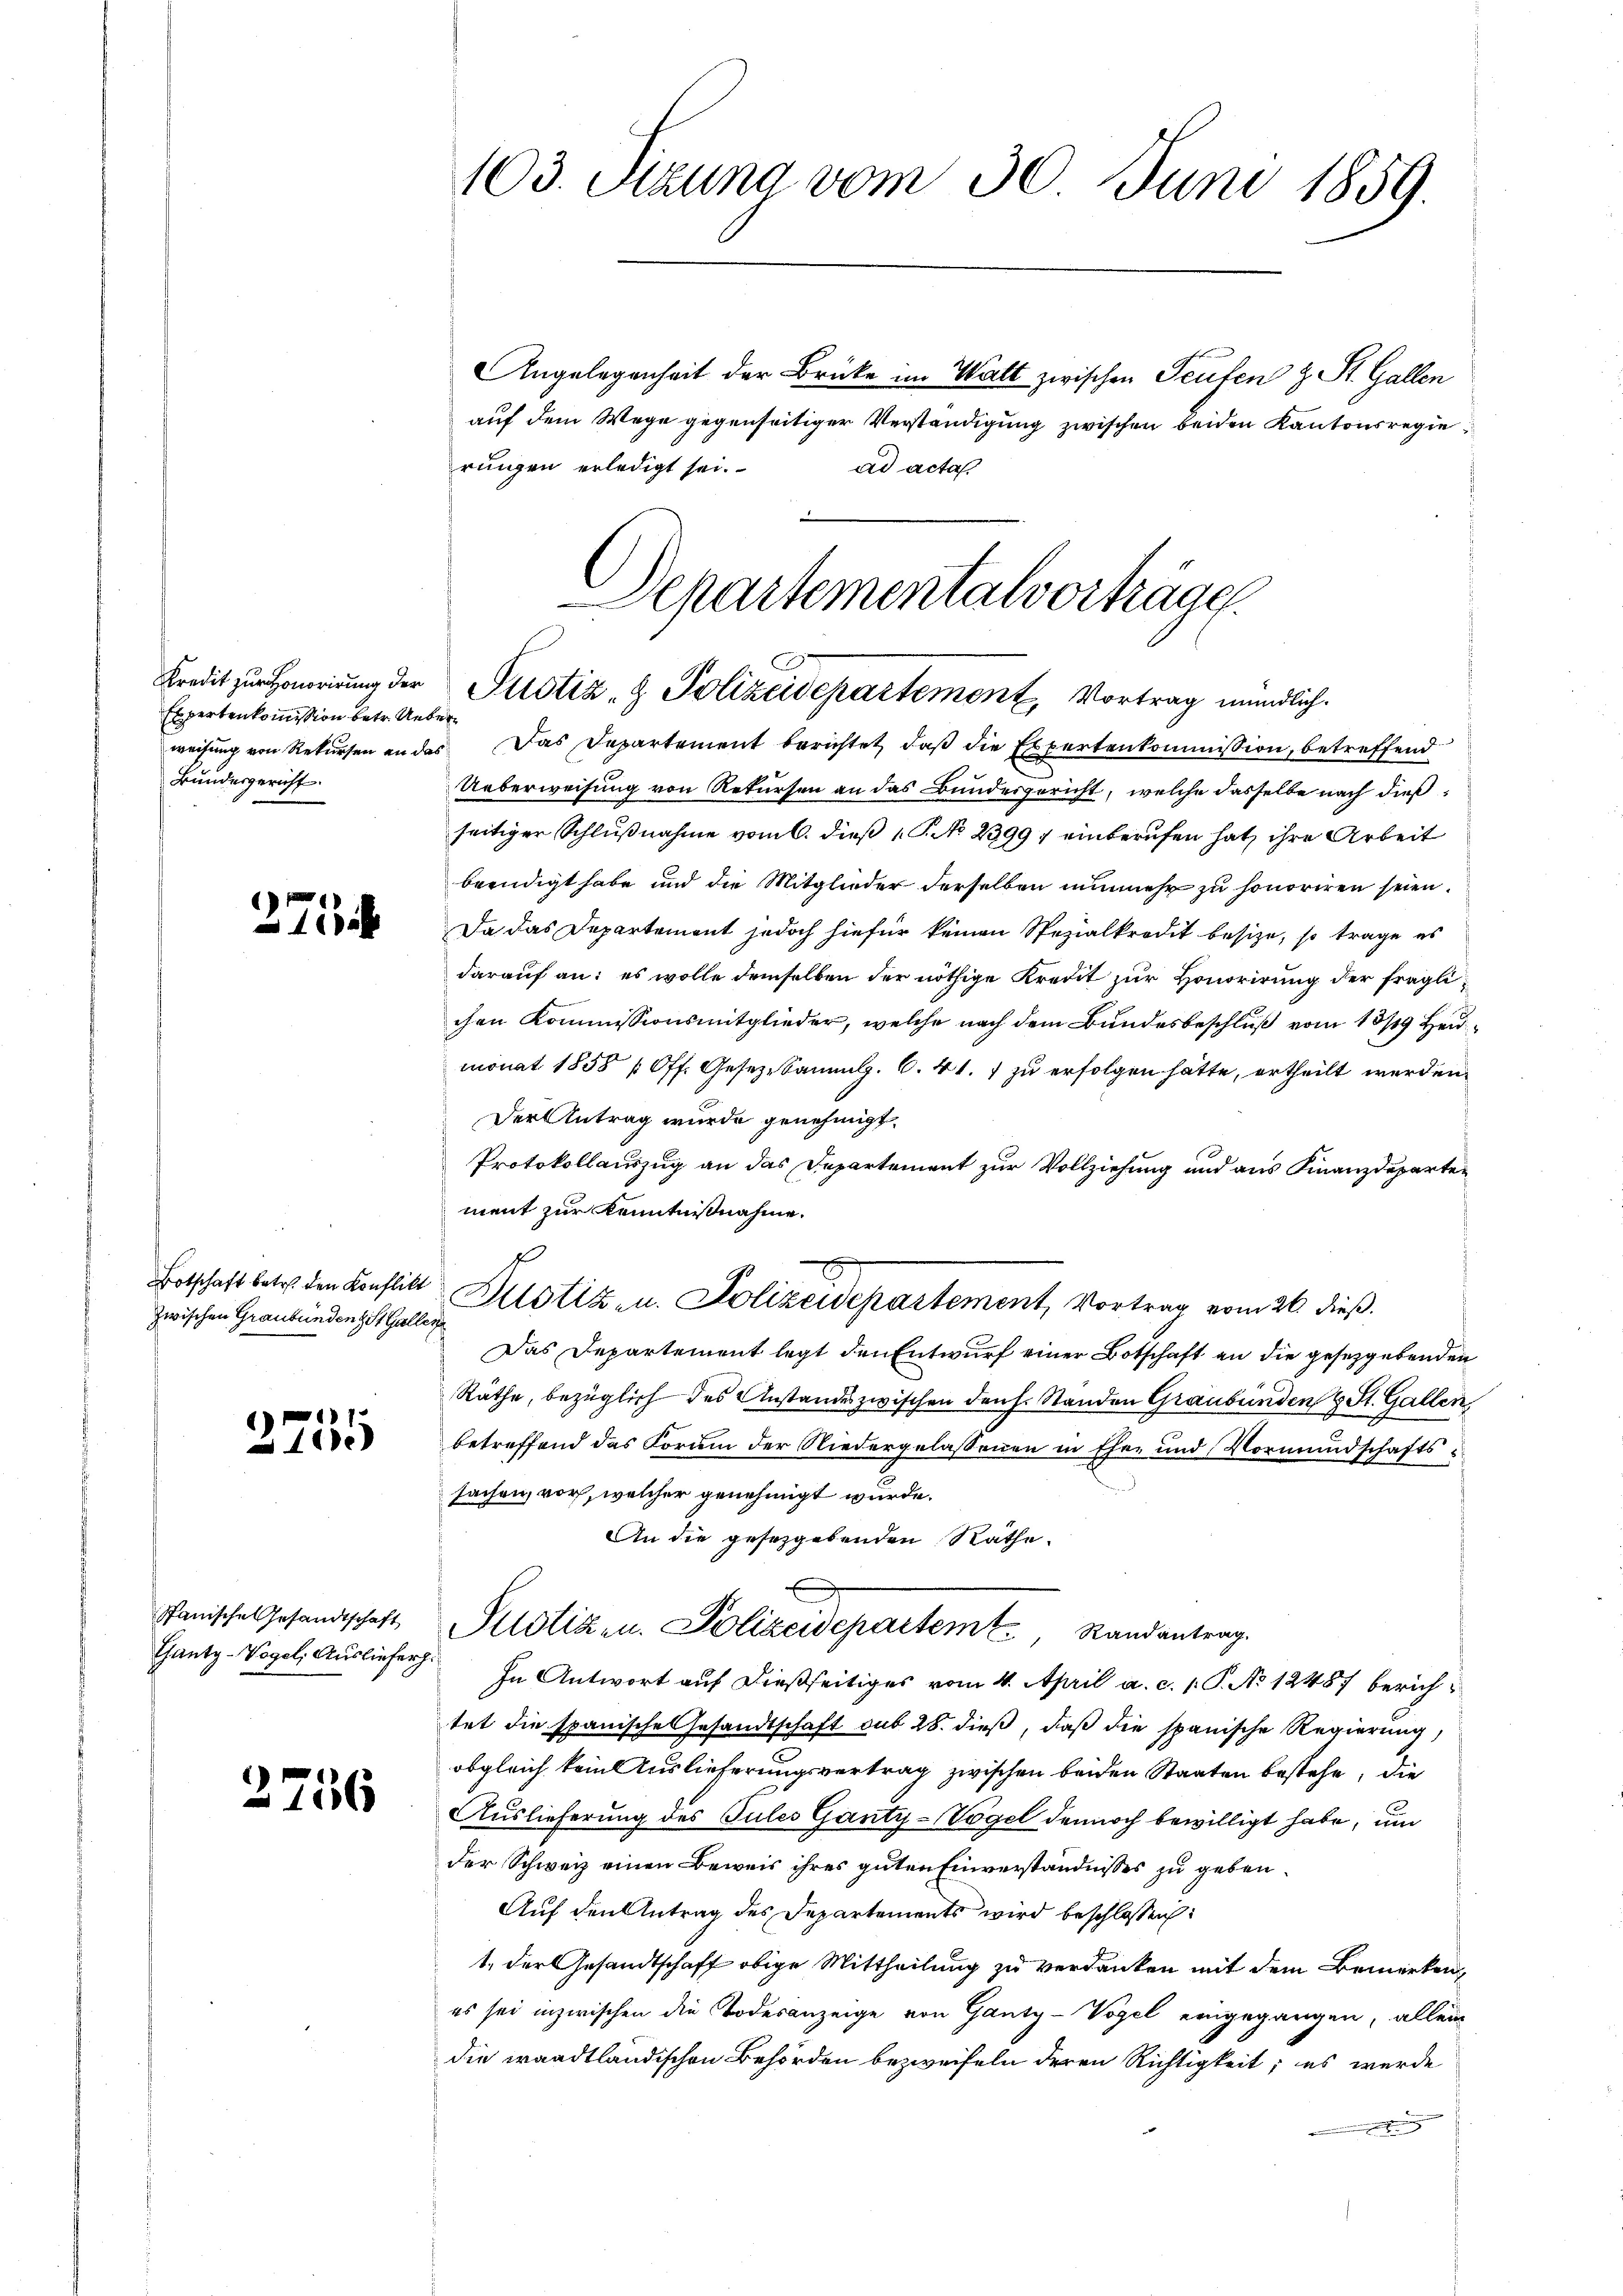
Expertenkommißion betr. Ueber¬
Bundesgericht.

zwischen Graubündenz St. Galler

27

1
1100

Spanische Gesandtschaft
Thanty-Vogel, Ausliefer

1756

AAngelegenheit der Brücke im Walt zwischen Seuten & St. Gallen
auf dem Wege gegenseitiger Verständigung zwischen beiden Kantonsregierungen erledigt sei.
ad acta

103. Sizung vom 30. Juni 1859.

Departementalvorträge.
Kredit zur Honorirung der Justiz & Polizeidepartement, Vortrag mündlich.

weisung von Rekŭrsen an des Das Departement berichtet, daβ die Expertenkommission, betreffend
Ueberweisung von Rekursen an das Bundesgericht, welche dasselbe nach dießseitiger Schlußnahme vom 6. dieß 1 No 23997 einberufen hat, ihre Arbeit
beendigt habe und die Mitglieder derselben nunmehr zu honoriren seien.
Da das Departement jedoch hiefür keinen Spezialkredit besize, so trage es
darauf an: es wolle demselben der nöthige Kredit zur Honorirung der fraglichen Kommissionsmitglieder, welche nach dem Bundesbeschluß vom 13/19. Heumonat 1858 (Off. Gesetze Sammlg. 6. 41. 1 zu erfolgen hätte, ertheilt werden.
Der Antrag wurde genehmigt.
Protokollauszug an das Departement zur Vollziehung und aus Finanzdepartement zur Kenntnißnahme.
Botschaft betr. den Konflikt Altstiz- u. Polizeidepartement, Vortrag vom 26. dieβ.
Das Departement legt den Entwurf einer Botschaft an die gesetzgebenden
Räthe, bezüglich des Anstandes zwischen den h. Standen Graubünden St. Gallen,
betreffend das Forum der Niedergelassenen in Eher und Vormundschafts u
sachen, vor, welcher genehmigt wurde.
An die gesezgebenden Räthe.
Pustiz in Polizeidepartemt. Standentrag
In Antwort auf dießseitiges vom 4. April a. c. p. P. No 12487 berichtet die spanische Gesandtschaft sub 28. dieß, daß die spanische Regierung,
obgleich kein Auslieferungsvertrag zwischen beiden Staaten bestehe, die
Auslieferung des Gules Ganty-Vogel dennoch bewilligt habe, un
der Schweiz einen Beweis ihres guten Einverständnisses zu geben.
Auf den Antrag des Departements wird beschlossen:
1., der Gesandtschaft obige Mittheilung zu verdanken mit dem Bemerken,
es sei inzwischen die Todesanzeige von Ganty-Vogel eingegangen, allein
die waadtländischen Behörden bezweifeln deren Richtigkeit; es werde

f